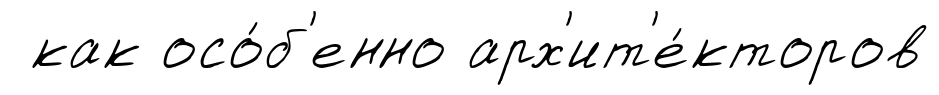
как осо́б'енно арх'ит'е́кторов